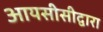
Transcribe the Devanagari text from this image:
आयसीसीद्वारा